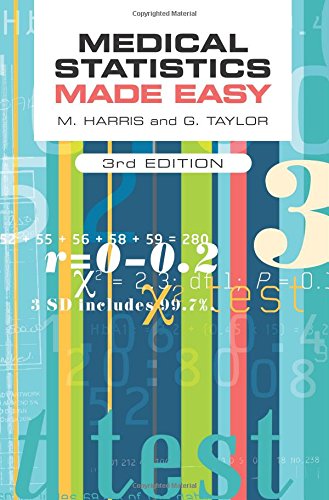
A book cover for Medical Statistics Made Easy, third edition; Michael Harris; Medical Books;